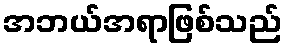
အဘယ်အရာဖြစ်သည်